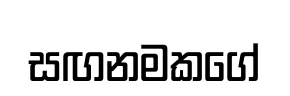
සඟනමකගේ